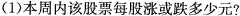
(1)本周内该股票每股涨或跌多少元?